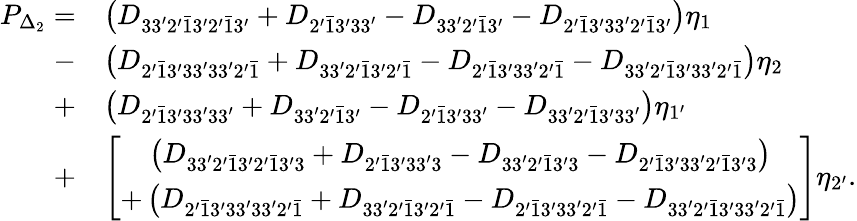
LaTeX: \begin{array}{rl}{P_{\Delta_{2}}=}&{\left({{D_{33^{\prime}2^{\prime}\bar{1}3^{\prime}2^{\prime}\bar{1}3^{\prime}}}+{D_{2^{\prime}\bar{1}3^{\prime}33^{\prime}}}-{D_{33^{\prime}2^{\prime}\bar{1}3^{\prime}}}-{D_{2^{\prime}\bar{1}3^{\prime}33^{\prime}2^{\prime}\bar{1}3^{\prime}}}}\right){\eta_{1}}}\\ {-}&{\left({{D_{2^{\prime}\bar{1}3^{\prime}33^{\prime}33^{\prime}2^{\prime}\bar{1}}}+{D_{33^{\prime}2^{\prime}\bar{1}3^{\prime}2^{\prime}\bar{1}}}-{D_{2^{\prime}\bar{1}3^{\prime}33^{\prime}2^{\prime}\bar{1}}}-{D_{33^{\prime}2^{\prime}\bar{1}3^{\prime}33^{\prime}2^{\prime}\bar{1}}}}\right){\eta_{2}}}\\ {+}&{\left({{D_{2^{\prime}\bar{1}3^{\prime}33^{\prime}33^{\prime}}}+{D_{33^{\prime}2^{\prime}\bar{1}3^{\prime}}}-{D_{2^{\prime}\bar{1}3^{\prime}33^{\prime}}}-{D_{33^{\prime}2^{\prime}\bar{1}3^{\prime}33^{\prime}}}}\right){\eta_{1^{\prime}}}}\\ {+}&{\left[\begin{array}{c}{\left({{D_{33^{\prime}2^{\prime}\bar{1}3^{\prime}2^{\prime}\bar{1}3^{\prime}3}}+{D_{2^{\prime}\bar{1}3^{\prime}33^{\prime}3}}-{D_{33^{\prime}2^{\prime}\bar{1}3^{\prime}3}}-{D_{2^{\prime}\bar{1}3^{\prime}33^{\prime}2^{\prime}\bar{1}3^{\prime}3}}}\right)}\\ {+\left({{D_{2^{\prime}\bar{1}3^{\prime}33^{\prime}33^{\prime}2^{\prime}\bar{1}}}+{D_{33^{\prime}2^{\prime}\bar{1}3^{\prime}2^{\prime}\bar{1}}}-{D_{2^{\prime}\bar{1}3^{\prime}33^{\prime}2^{\prime}\bar{1}}}-{D_{33^{\prime}2^{\prime}\bar{1}3^{\prime}33^{\prime}2^{\prime}\bar{1}}}}\right)}\end{array}\right]{\eta_{2^{\prime}}}.}\end{array}